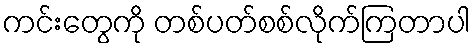
ကင်းတွေကို တစ်ပတ်စစ်လိုက်ကြတာပါ